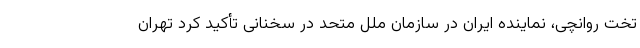
تخت روانچی، نماینده ایران در سازمان ملل متحد در سخنانی تأکید کرد تهران